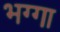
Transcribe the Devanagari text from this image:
भग्गा